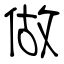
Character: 做